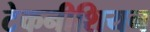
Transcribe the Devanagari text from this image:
टेकनीशियन